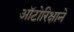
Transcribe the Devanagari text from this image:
ऑटोरिक्षाने